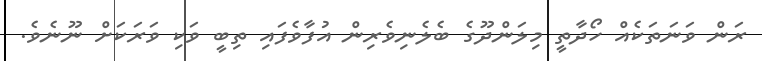
ރަން ވަނަތަކެއް ހޯދާތީ މިލަންދޫގެ ބެލެނިވެރިން އުފާވެފައި ތިބީ ވަކި ވަރަކަށް ނޫނެވެ.